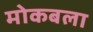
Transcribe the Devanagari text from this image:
मोकबला